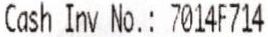
CASH INV NO.: 7014F714